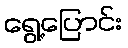
ရွေ့ပြောင်း